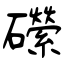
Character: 礯